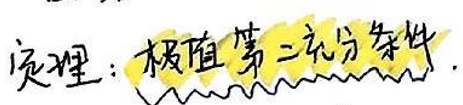
定理：极值第一充分条件。